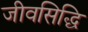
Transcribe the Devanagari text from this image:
जीवसिद्धि